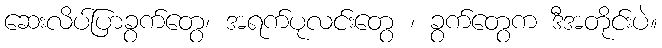
ဆေးလိပ်ပြာခွက်တွေ၊ အရက်ပုလင်းတွေ ၊ ခွက်တွေက ဒီအတိုင်းပဲ။